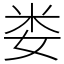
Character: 娄